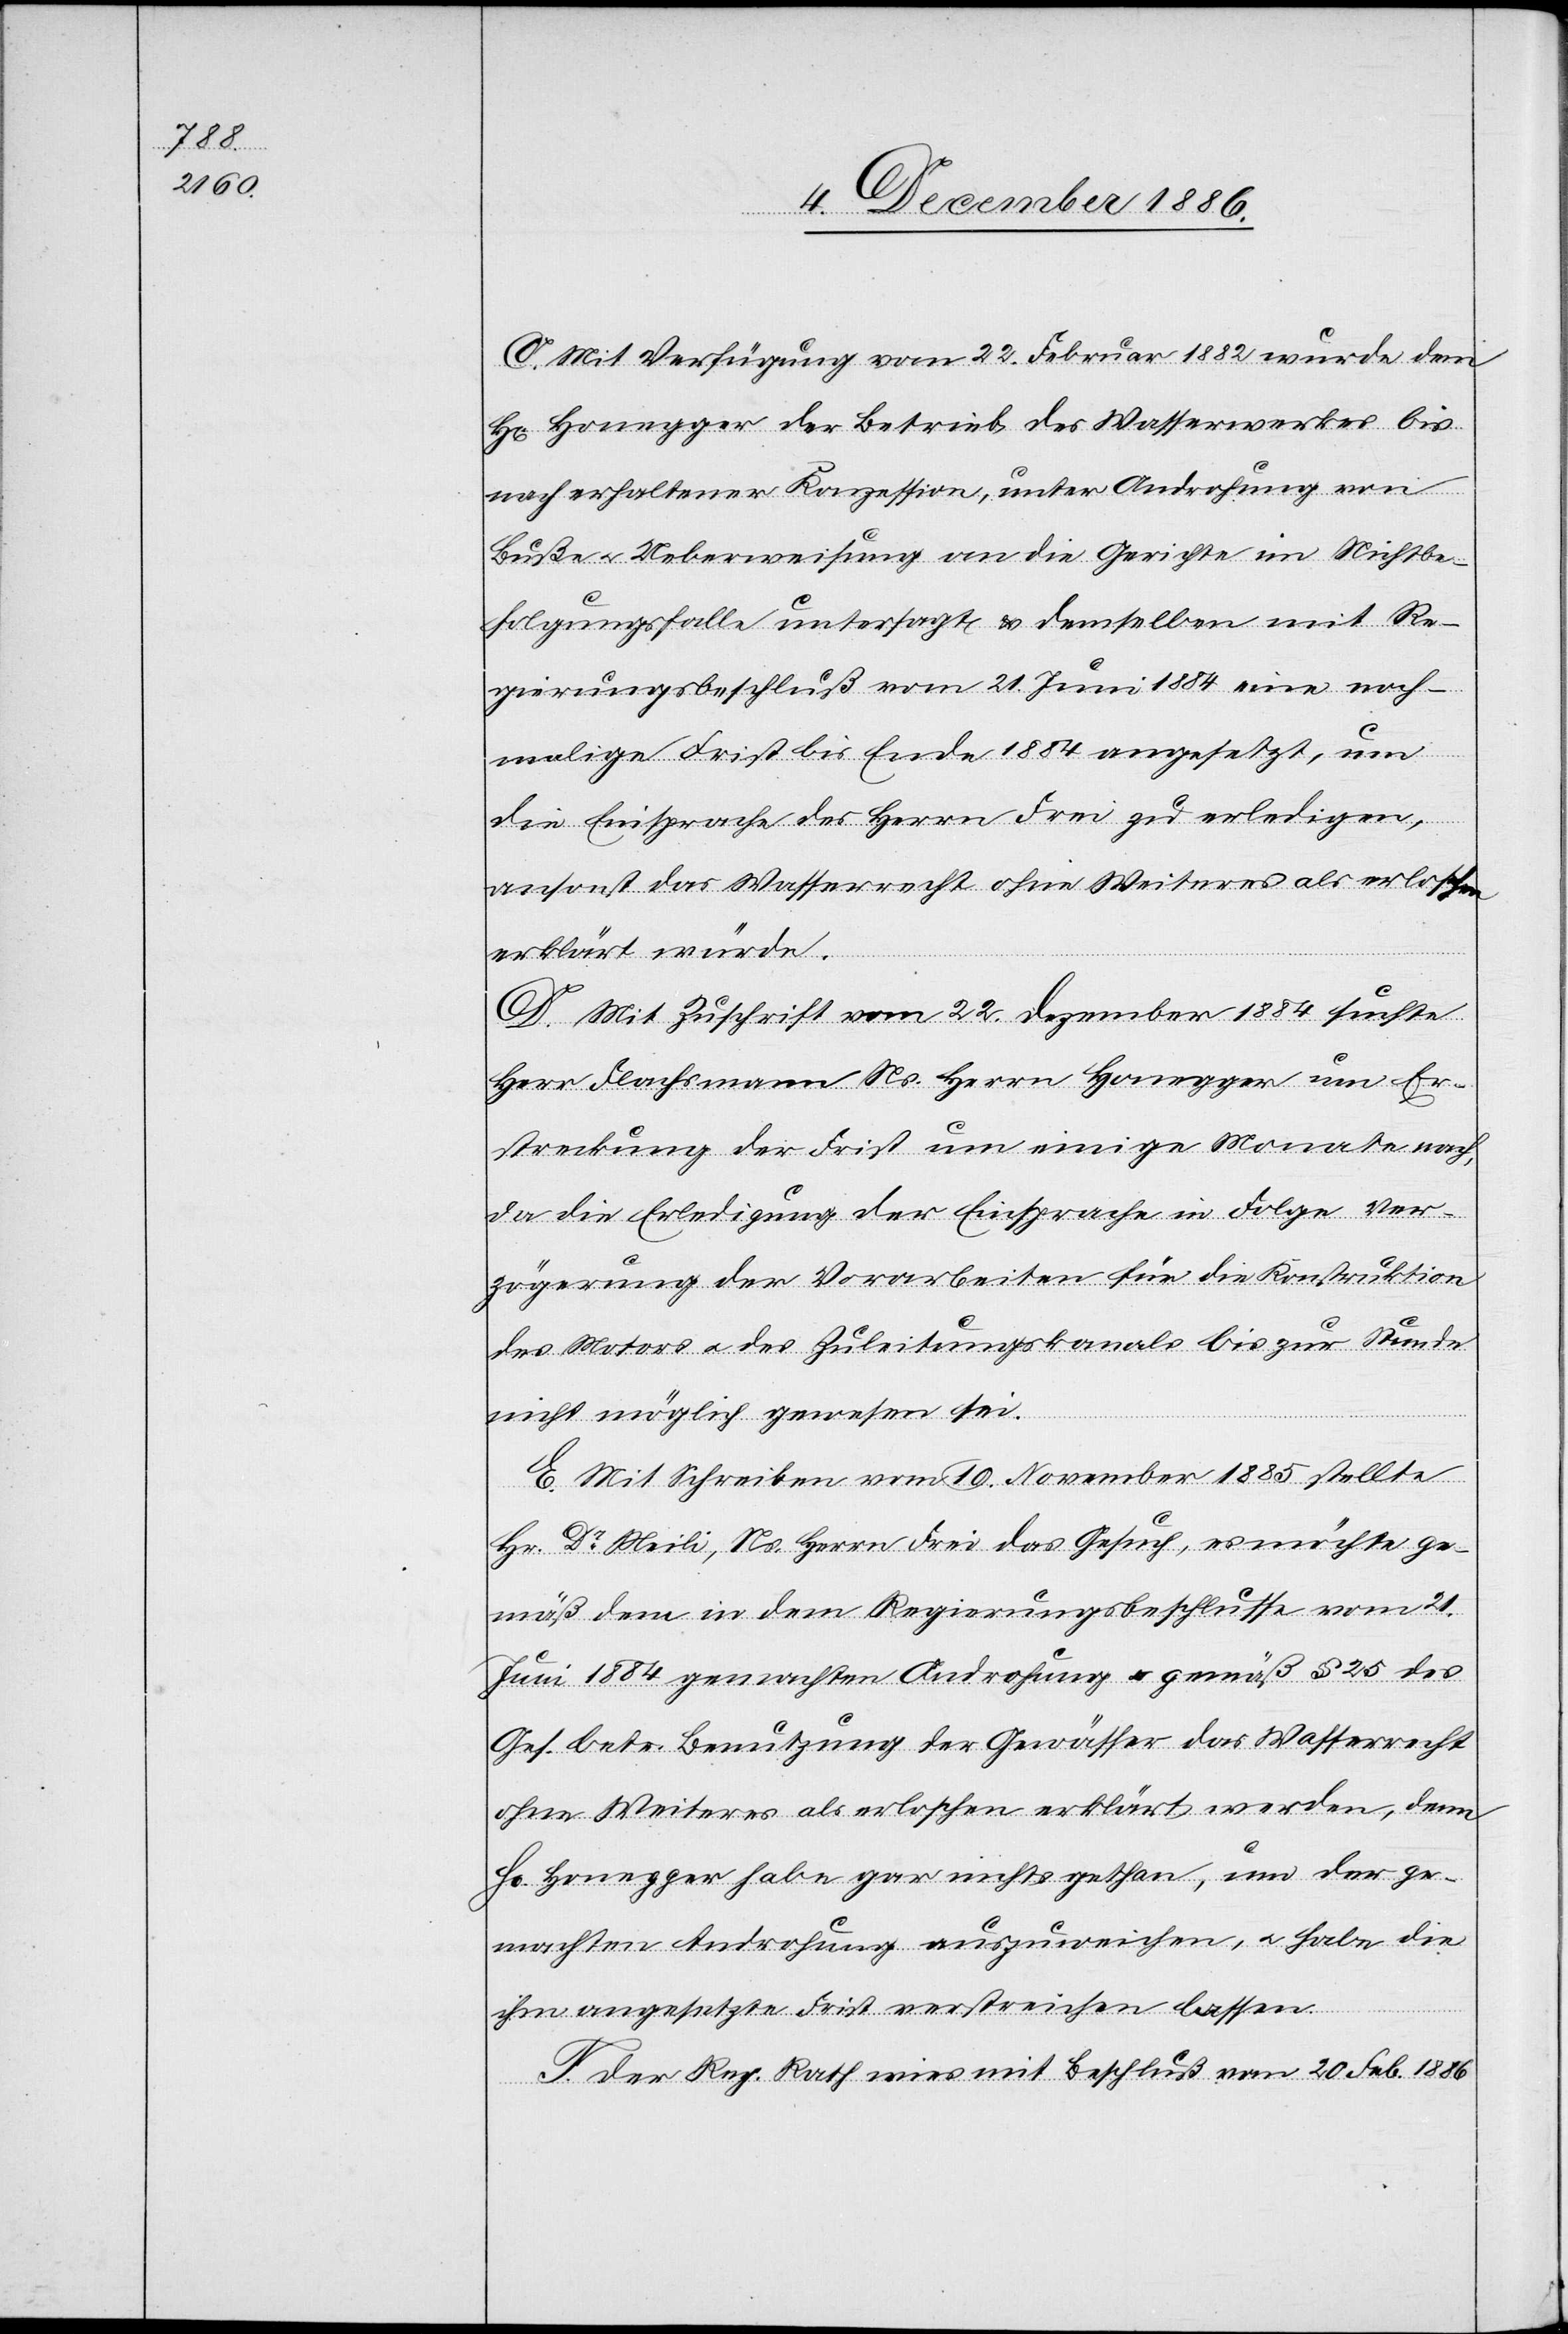
C. Mit Verfügung vom 22. Februar 1882 wurde dem
n] Honegger der Betrieb des Wasserwerkes bis
nach erhaltener Konzession, unter Androhung von
Buße & Ueberweisung an die Gerichte im Nichtbe¬
folgungsfalle untersagt & demselben mit Re¬
gierungsbeschluß vom 21. Juni 1884 eine noch¬
malige Frist bis Ende 1884 angesetzt, um
die Einsprache des Herrn Frei zu erledigen,
ansonst das Wasserrecht ohne Weiteres als erlassen
erklärt würde.
D. Mit Zuschrift vom 22. Dezember 1884 suchte
Herr Flachsmann Ns. Herrn Honegger um Er¬
streckung der Frist um einige Monate nach,
da die Erledigung der Einsprache in Folge Ver¬
zögerung der Vorarbeiten für die Konstruktion
des Motors & des Zuleitungskanals bis zur Stunde
H[err¬
nicht möglich gewesen sei.
E. Mit Schreiben vom 19. November 1885 stellte
Hr. Dr Meili, Ns. Herrn Frei das Gesuch, es möchte ge¬
mäß dem [sic!] in dem Regierungsbeschlusse vom 21.
Juni 1884 gemachten Androhung & gemäß § 25 des
Ges. betr. Benutzung der Gewässer das Wasserrecht
ohne Weiteres als erloschen erklärt werden, denn
Hr. Honegger habe gar nichts gethan, um der ge¬
machten Androhung auszuweichen, & habe die
ihm angesetzte Frist verstreichen lassen.
F. Der Reg. Rath wies mit Beschluß vom 20. Feb. 1886